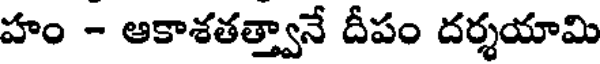
హం - ఆకాశతత్త్వానే దీపం దర్శయామి